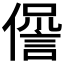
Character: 𠏘